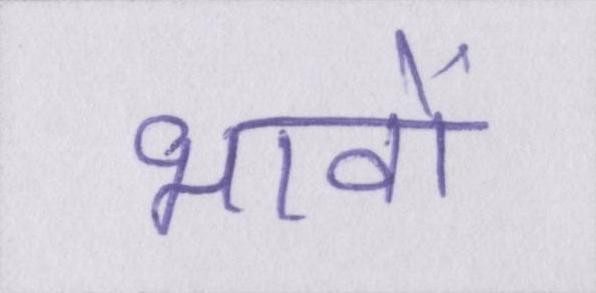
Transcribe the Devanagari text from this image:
भावों